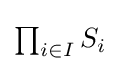
{\textstyle \prod _{i\in I}S_{i}}